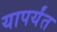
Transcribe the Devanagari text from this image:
यापर्यंत